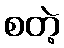
စတဲ့